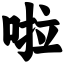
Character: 啦